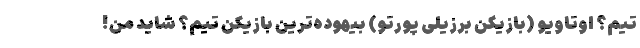
تیم؟ اوتاویو (بازیکن برزیلی پورتو) بیهوده‌ترین بازیکن تیم؟ شاید من!